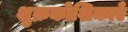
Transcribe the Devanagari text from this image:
शुक्रकोशिकाएँ